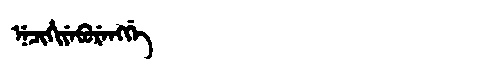
Manchu: ᠨᡝᠴᡳᡥᡳᠶᡝᠪᡠᡵᡝᠩᡤᡝ
Romanization: NECIHIYEBURENGGE